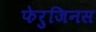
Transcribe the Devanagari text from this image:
फेरुजिनस